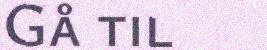
Gå til